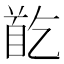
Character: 𩠓